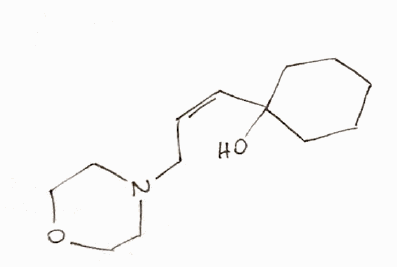
Simplified molecular-input line-entry system (SMILES) notation of the given molecule:
C1CCC(CC1)(/C=C\CN2CCOCC2)O